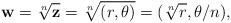
LaTeX: \begin{align*} \mathbf{w}=\sqrt[n]{\mathbf{z}}=\sqrt[n]{(r,\theta )}=(\sqrt[n]{r}, \theta /n), \end{align*}